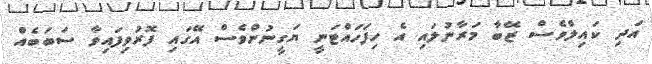
އަދި ކައިލްވެސް ޒޭބާ މަރާނުލައި އެ ހިފަހައްޓަނީ ޔަގީނުންވެސް އޭގައި ފޮރުވިފައިވާ ސަބަބެއް